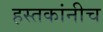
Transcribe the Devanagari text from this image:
हस्तकांनीच